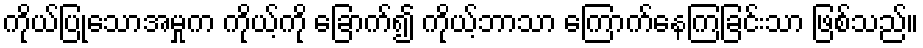
ကိုယ်ပြုသောအမှုက ကိုယ့်ကို ခြောက်၍ ကိုယ့်ဘာသာ ကြောက်နေကြခြင်းသာ ဖြစ်သည်။